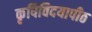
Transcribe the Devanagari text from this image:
कृषिविदयापीठ